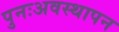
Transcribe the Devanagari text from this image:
पुनःअवस्थापन